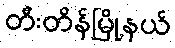
တီးတိန်မြို့နယ်